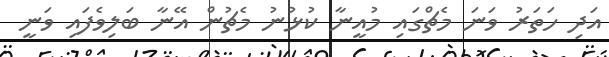
އަދި ހަތަރު ވަނަ މެޗްގައި މުއީނާ ކުޅުނު މެޗުން އޭނާ ބަލިވެފައި ވަނީ